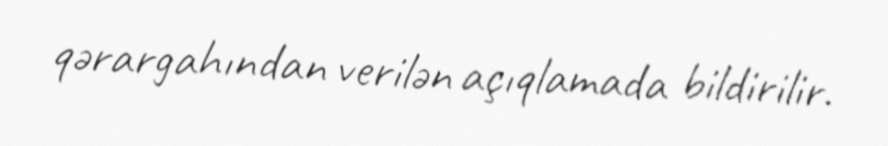
qərargahından verilən açıqlamada bildirilir.